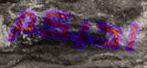
احبكم